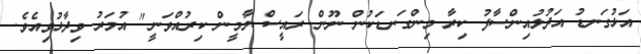
އަޅުގަނޑު އަދުލުއިންސާފު ކިރާ މިންގަނޑަކުން ނޫން ރައީސް ޔާމީން ކިރުއްވަނީ" އުމަރު ވިދާޅުވިއެވެ.